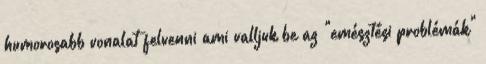
humorosabb vonalat felvenni ami valljuk be az "emésztési problémák"